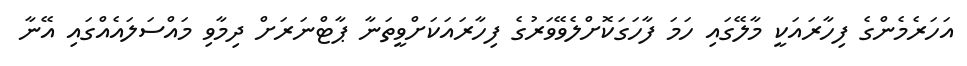
އަހަރެމެންގެ ފިހާރައަކީ މާލޭގައި ހަމަ ފާހަގަކޮށްލެވޭވަރުގެ ފިހާރައަކަށްވީތަނާ ޕާޓްނަރަށް ދިމާވި މައްސަލައެއްގައި އޭނާ